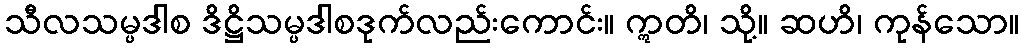
သီလသမ္ပဒါစ ဒိဋ္ဌိသမ္ပဒါစဒုက်လည်းကောင်း။ ဣတိ၊ သို့။ ဆဟိ၊ ကုန်သော။